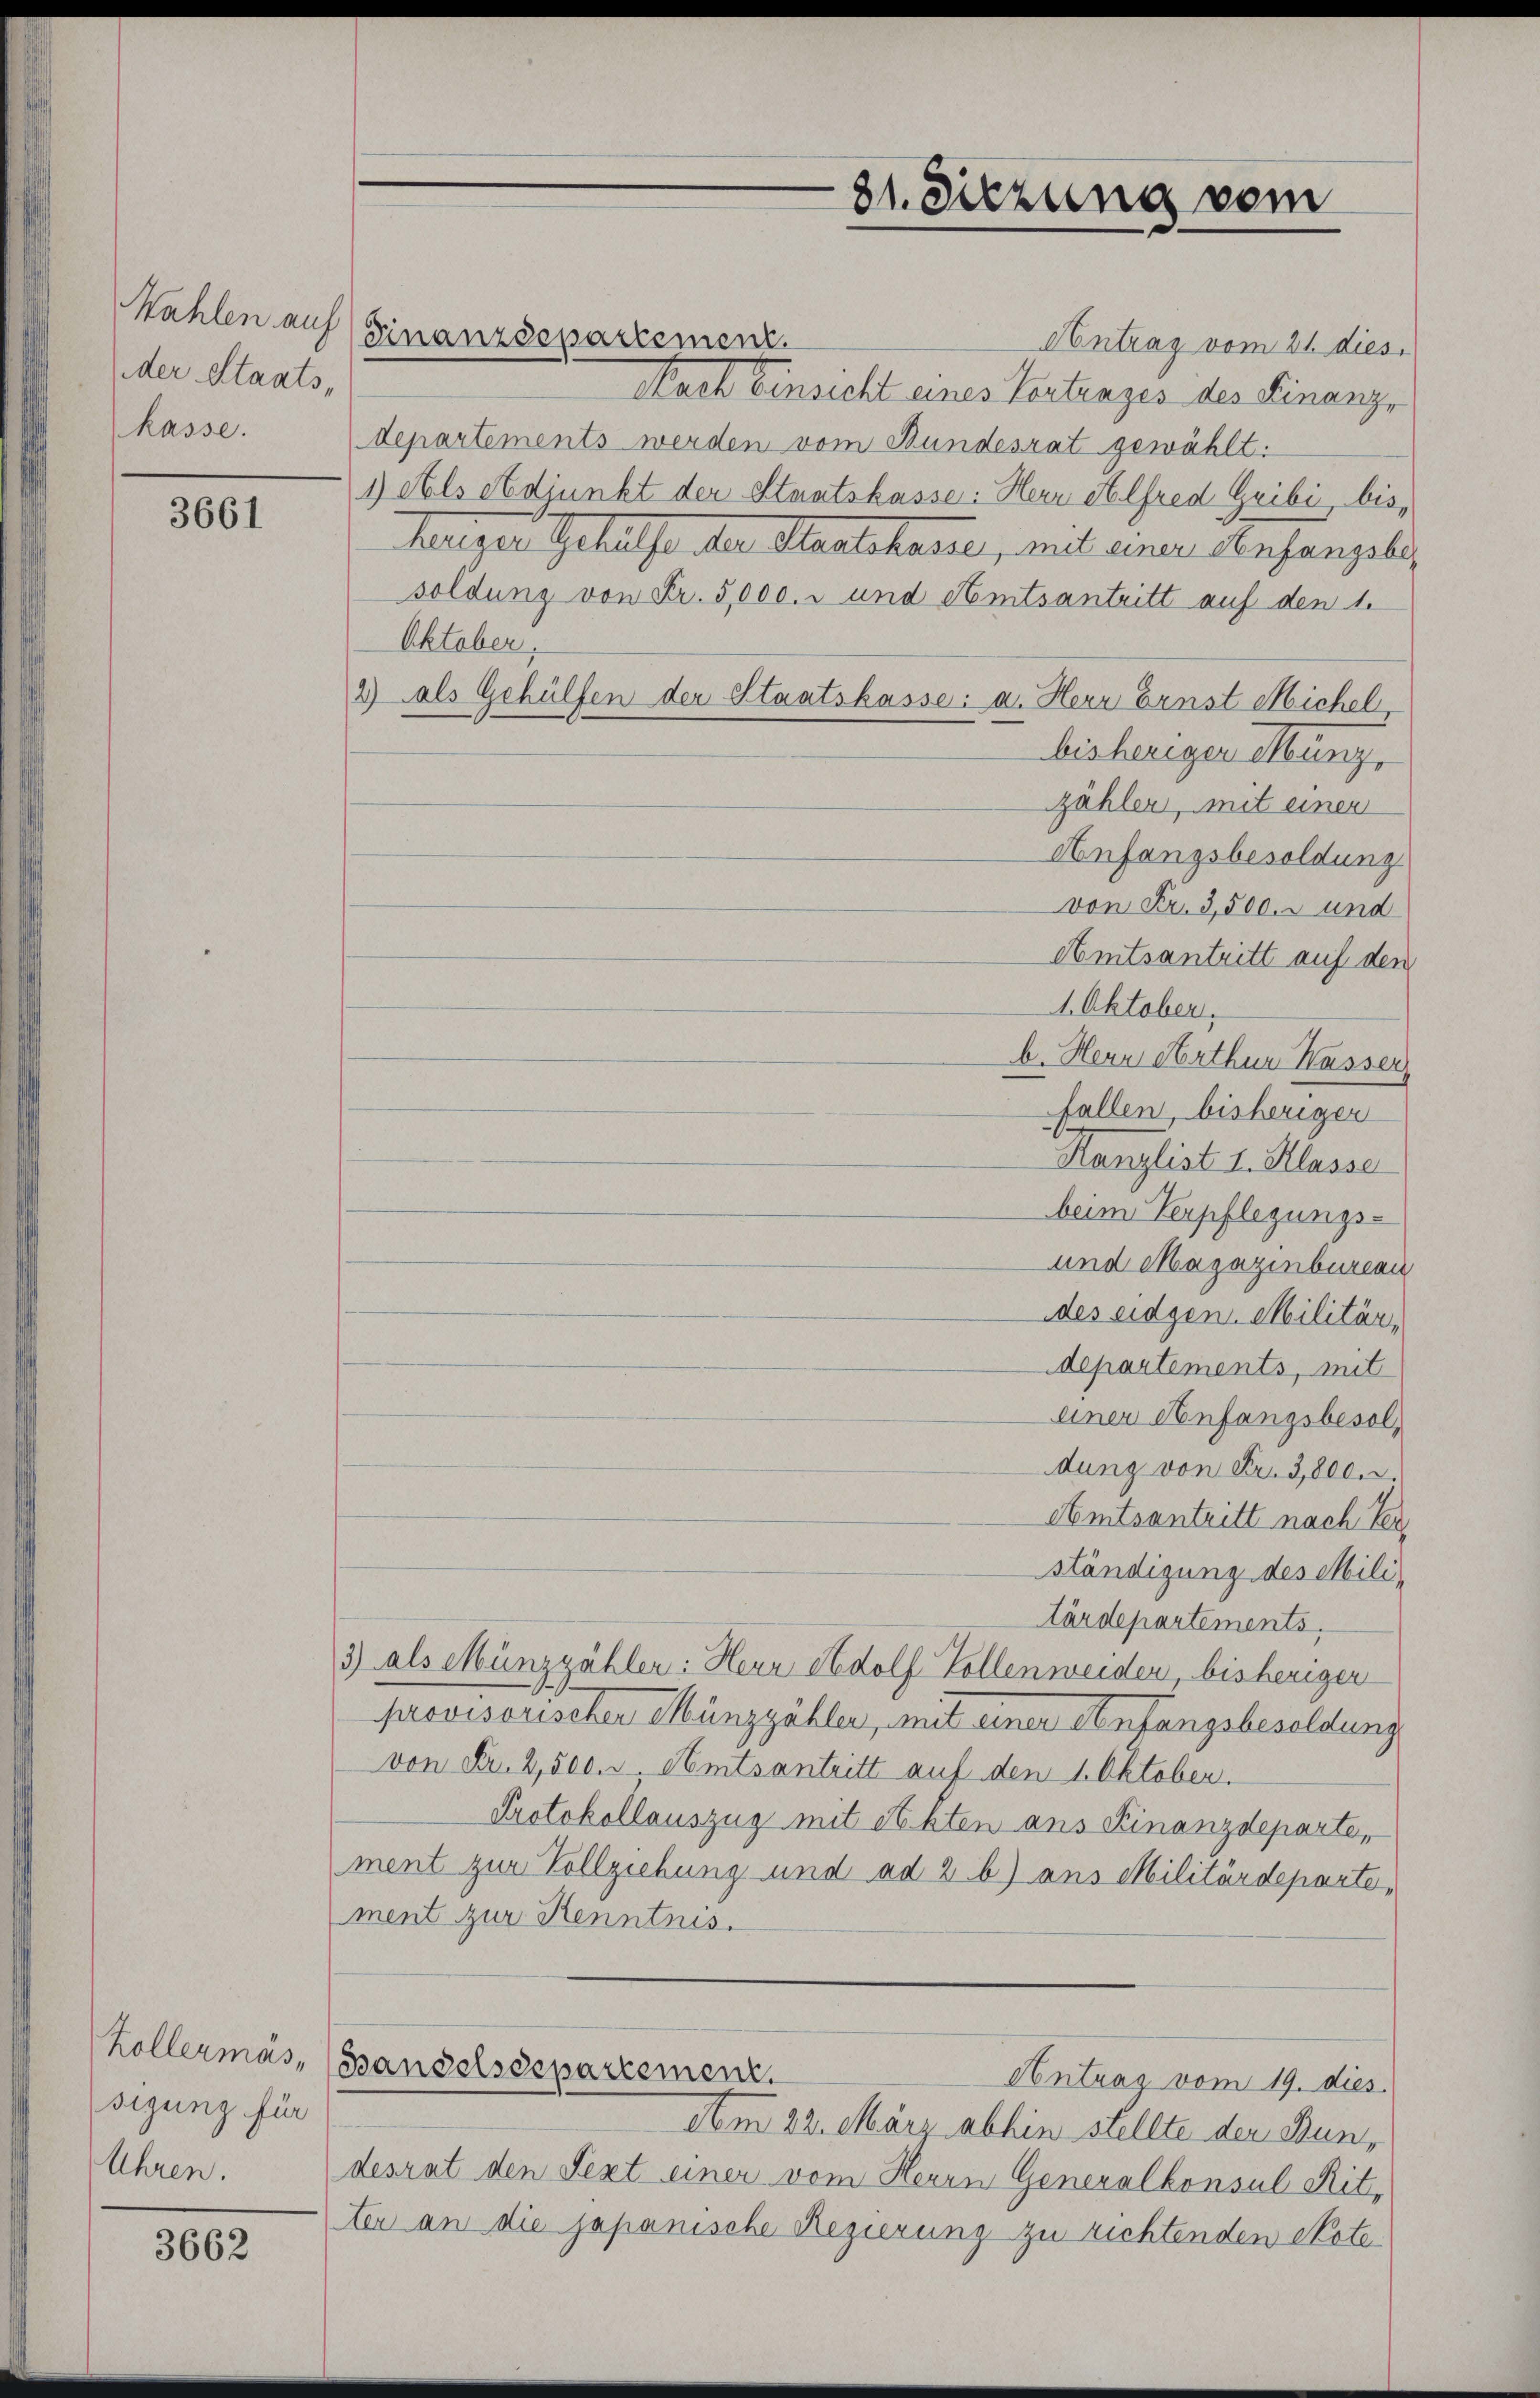
Wahlen auf
der Staats-
kasse.

3661

Kollermas,
sigung für
Uhren.

3662

Antrag vom 21. dies
Nach Einsicht eines Vortrages des Finanz,
departements werden vom Bundesrat gewählt:
1) Als Adjunkt der Staatskasse: Herr Alfred Gribi, bis,
heriger Gehülfe der Staatskasse, und einer Anhangebe
soldung von Fr. 5,000.- und Amtsantritt auf den 1.
Oktober,
2) als Gehülfen der Staatskasse: a. Herr Ernst Michel,
bisherigen Munz,
zähler, mit einen
Anfangsbesoldung
von Fr. 3,500. und
Amtsantritt auf den
1. Oktober.
b. Herr Arthur Wasser,
fallen, bisheriger
Kanzlist I. Klasse
beim Verpflegungs-
und Magazinbureau
des eidgen. Militär,
departements, mit
einer Anfangsbesoldung von Fr. 3,800. d.
Amtsantritt nach Ver
ständigung des Militärdepartements,
3) als Münzzähler: Herr Adolf Vollenweiden, bisherigen
provisorischer Münzzähler, mit einer Anfangsbesoldung
von Fr. 2,500. d. Amtsantritt auf den 1. Oktober.
Protokollauszug mit Akten aus Finanzdeparte,
ment zur Vollziehung und ad 2 b) aus Militärdeparte,
ment zur Kenntnis.
Bandelsdepartement.
Antrag vom 19. dies
Atm 22. März abhin stellte der Bundesrat den Text einer vom Herrn Generalkonsul Rit-
ter an die japanische Regierung zu richtenden Note

Finanzdepartement.

81. Sitzung vom